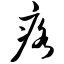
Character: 疙